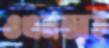
ওএমআই